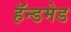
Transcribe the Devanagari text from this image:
हॅन्डमेड